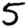
Digit: 5